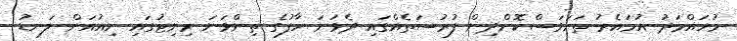
މުހައްމަދު އުމައެރު ތަނަވަސްކޮށްދިން ފުރުސަތެއްގައި ދެވަނަ ހާފުގެ ތިންވަނަ މިނިޓުގައި ނިއުއަށް ލަނޑު